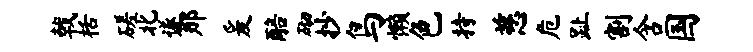
戟栝磋北遂那爰醅砌抄鸟懒色持慈危趾割含国